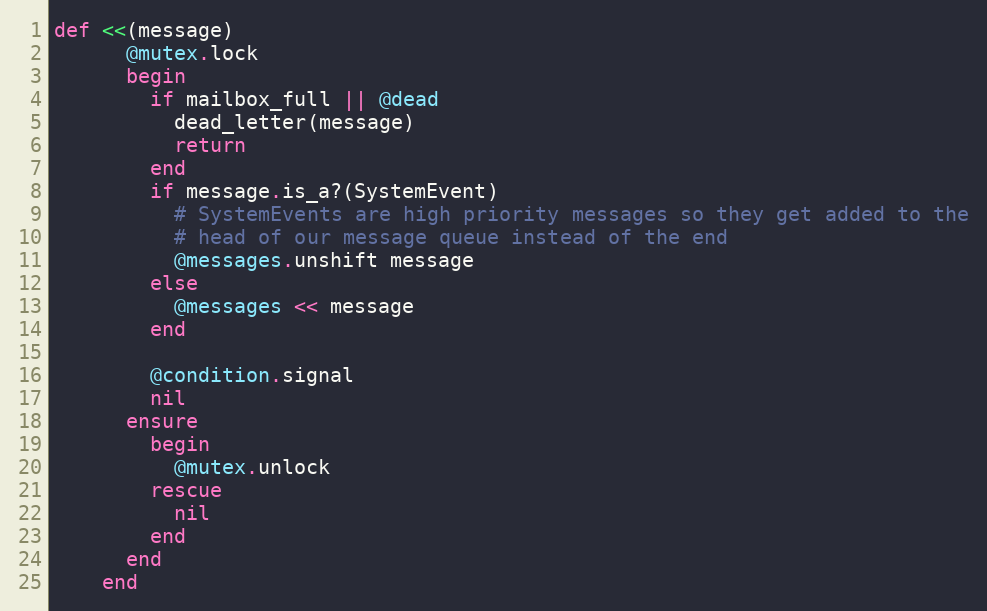
Language: Ruby
def <<(message)
      @mutex.lock
      begin
        if mailbox_full || @dead
          dead_letter(message)
          return
        end
        if message.is_a?(SystemEvent)
          # SystemEvents are high priority messages so they get added to the
          # head of our message queue instead of the end
          @messages.unshift message
        else
          @messages << message
        end

        @condition.signal
        nil
      ensure
        begin
          @mutex.unlock
        rescue
          nil
        end
      end
    end